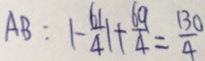
A B : \vert - \frac { 6 1 } { 4 } \vert + \frac { 6 9 } { 4 } = \frac { 1 3 0 } { 4 }